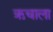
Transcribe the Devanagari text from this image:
ऋचाला